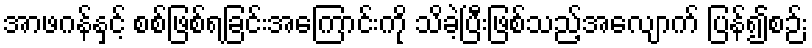
အာဖဂန်နှင့် စစ်ဖြစ်ရခြင်းအကြောင်းကို သိခဲ့ပြီးဖြစ်သည့်အလျောက် ပြန်၍စဉ်း